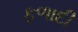
ફળાદી